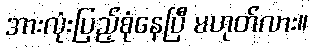
အားလုံးပြည့်စုံနေပြီ မဟုတ်လား။